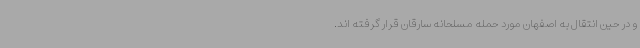
و در حین انتقال به اصفهان مورد حمله مسلحانه سارقان قرار گرفته اند.